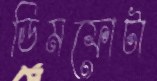
ডিমফোটা